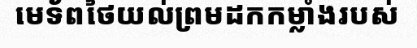
មេទ័ពថៃយល់ព្រមដកកម្លាំងរបស់